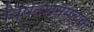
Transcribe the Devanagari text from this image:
विषदशर्नमृत्युक